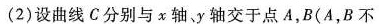
(2)设曲线C分别与x轴、y轴交于点A，B(A，B不